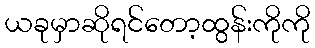
ယခုမှာဆိုရင်တော့ထွန်းကိုကို